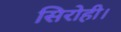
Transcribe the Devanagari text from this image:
सिरोही।